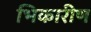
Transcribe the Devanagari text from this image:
भिकारीण